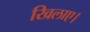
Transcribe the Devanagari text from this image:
खिलाए।